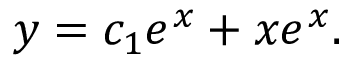
y = c _ { 1 } e ^ { x } + x e ^ { x } .